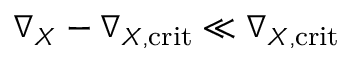
\nabla _ { X } - \nabla _ { X , \mathrm { c r i t } } \ll \nabla _ { X , \mathrm { c r i t } }